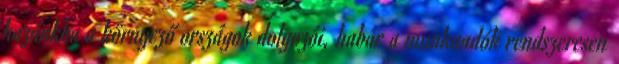
hazánkba a környező országok dolgozói, habár a munkaadók rendszeresen